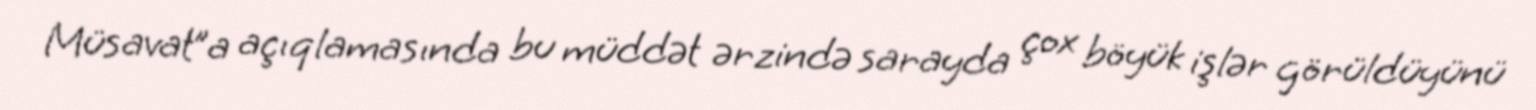
Müsavat”a açıqlamasında bu müddət ərzində sarayda çox böyük işlər görüldüyünü